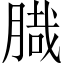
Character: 𦞁